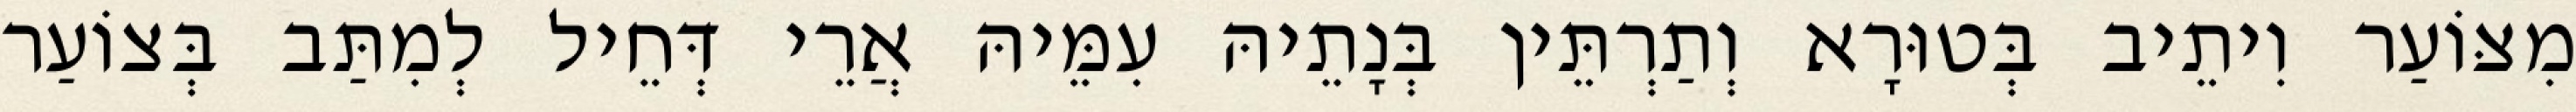
מִצּוֹעַר וִיתֵיב בְּטוּרָא וְתַרְתֵּין בְּנָתֵיהּ עִמֵּיהּ אֲרֵי דְּחֵיל לְמִתַּב בְּצוֹעַר